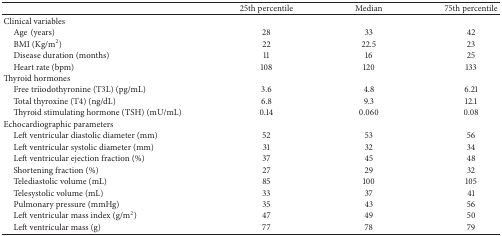
<table><thead><tr><td><b> </b></td><td><b>25th percentile </b></td><td><b>Median</b></td><td><b>75th percentile </b></td></tr></thead><tbody><tr><td>Clinical variables</td><td> </td><td> </td><td> </td></tr><tr><td> Age(years)</td><td>28</td><td>33</td><td>42</td></tr><tr><td> BMI (Kg/m<sup>2</sup>)</td><td>22</td><td>22.5</td><td>23</td></tr><tr><td> Disease duration (months)</td><td>11</td><td>16</td><td>25</td></tr><tr><td> Heart rate (bpm)</td><td>108</td><td>120</td><td>133</td></tr><tr><td>Thyroid hormones</td><td> </td><td> </td><td> </td></tr><tr><td> Free triiodothyronine (T3L) (pg/mL)</td><td>3.6</td><td>4.8</td><td>6.21</td></tr><tr><td> Total thyroxine (T4) (ng/dL)</td><td>6.8</td><td>9.3</td><td>12.1</td></tr><tr><td> Thyroid stimulating hormone (TSH) (mU/mL)</td><td>0.14</td><td>0.060</td><td>0.08</td></tr><tr><td>Echocardiographic parameters</td><td> </td><td> </td><td> </td></tr><tr><td> Left ventricular diastolic diameter (mm) </td><td>52</td><td>53</td><td>56</td></tr><tr><td> Left ventricular systolic diameter (mm)</td><td>31</td><td>32</td><td>34</td></tr><tr><td> Left ventricular ejection fraction (%)</td><td>37</td><td>45</td><td>48</td></tr><tr><td> Shortening fraction (%)</td><td>27</td><td>29</td><td>32</td></tr><tr><td> Telediastolic volume (mL)</td><td>85</td><td>100</td><td>105</td></tr><tr><td> Telesystolic volume (mL)</td><td>33</td><td>37</td><td>41</td></tr><tr><td> Pulmonary pressure (mmHg)</td><td>35</td><td>43</td><td>56</td></tr><tr><td> Left ventricular mass index (g/m<sup>2</sup>)</td><td>47</td><td>49</td><td>50</td></tr><tr><td> Left ventricular mass (g)</td><td>77</td><td>78</td><td>79</td></tr></tbody></table>